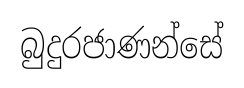
බුදුරජාණන්සේ